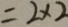
= 2 \times 2